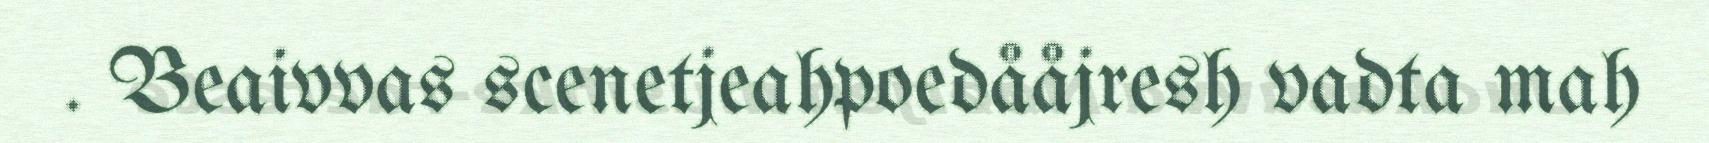
. Beaivvas scenetjeahpoedååjresh vadta mah